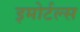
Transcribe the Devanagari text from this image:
इमोर्टल्स